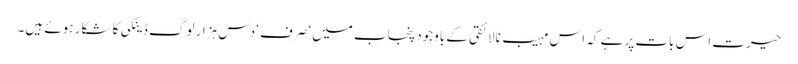
حیرت اس بات پر ہے کہ اس مہیب نالائقی کے باوجود پنجاب میں ‘صرف‘ دس ہزار لوگ ڈینگی کا شکار ہوئے ہیں۔